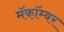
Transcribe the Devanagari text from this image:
मॅकॉम्बर